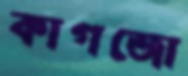
কাগজো